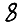
Digit: 8